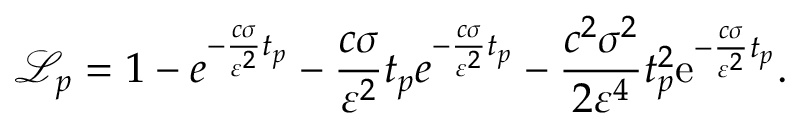
\mathcal { L } _ { p } = 1 - e ^ { - \frac { c \sigma } { \varepsilon ^ { 2 } } t _ { p } } - \frac { c \sigma } { \varepsilon ^ { 2 } } t _ { p } e ^ { - \frac { c \sigma } { \varepsilon ^ { 2 } } t _ { p } } - \frac { c ^ { 2 } \sigma ^ { 2 } } { 2 \varepsilon ^ { 4 } } t _ { p } ^ { 2 } \mathrm { e } ^ { - \frac { c \sigma } { \varepsilon ^ { 2 } } t _ { p } } .